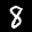
Label: 8